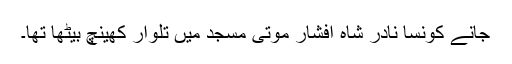
جانے کونسا نادر شاہ افشار موتی مسجد میں تلوار کھینچ بیٹھا تھا۔